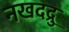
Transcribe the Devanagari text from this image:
नखदद्रु